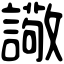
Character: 䜘